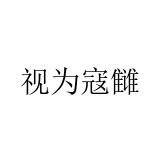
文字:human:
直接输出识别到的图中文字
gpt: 视为寇雠